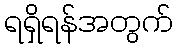
ရရှိရန်အတွက်